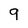
Character: 9